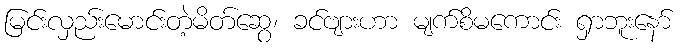
မြင်းလှည်းမောင်းတဲ့မိတ်ဆွေ၊ ခင်ဗျားဟာ မျက်စိမကောင်း ရှာဘူးနော်